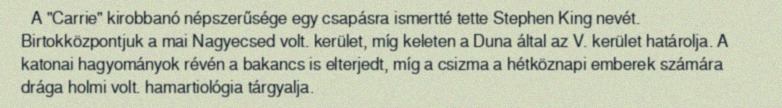
A "Carrie" kirobbanó népszerűsége egy csapásra ismertté tette Stephen King nevét. Birtokközpontjuk a mai Nagyecsed volt. kerület, míg keleten a Duna által az V. kerület határolja. A katonai hagyományok révén a bakancs is elterjedt, míg a csizma a hétköznapi emberek számára drága holmi volt. hamartiológia tárgyalja.